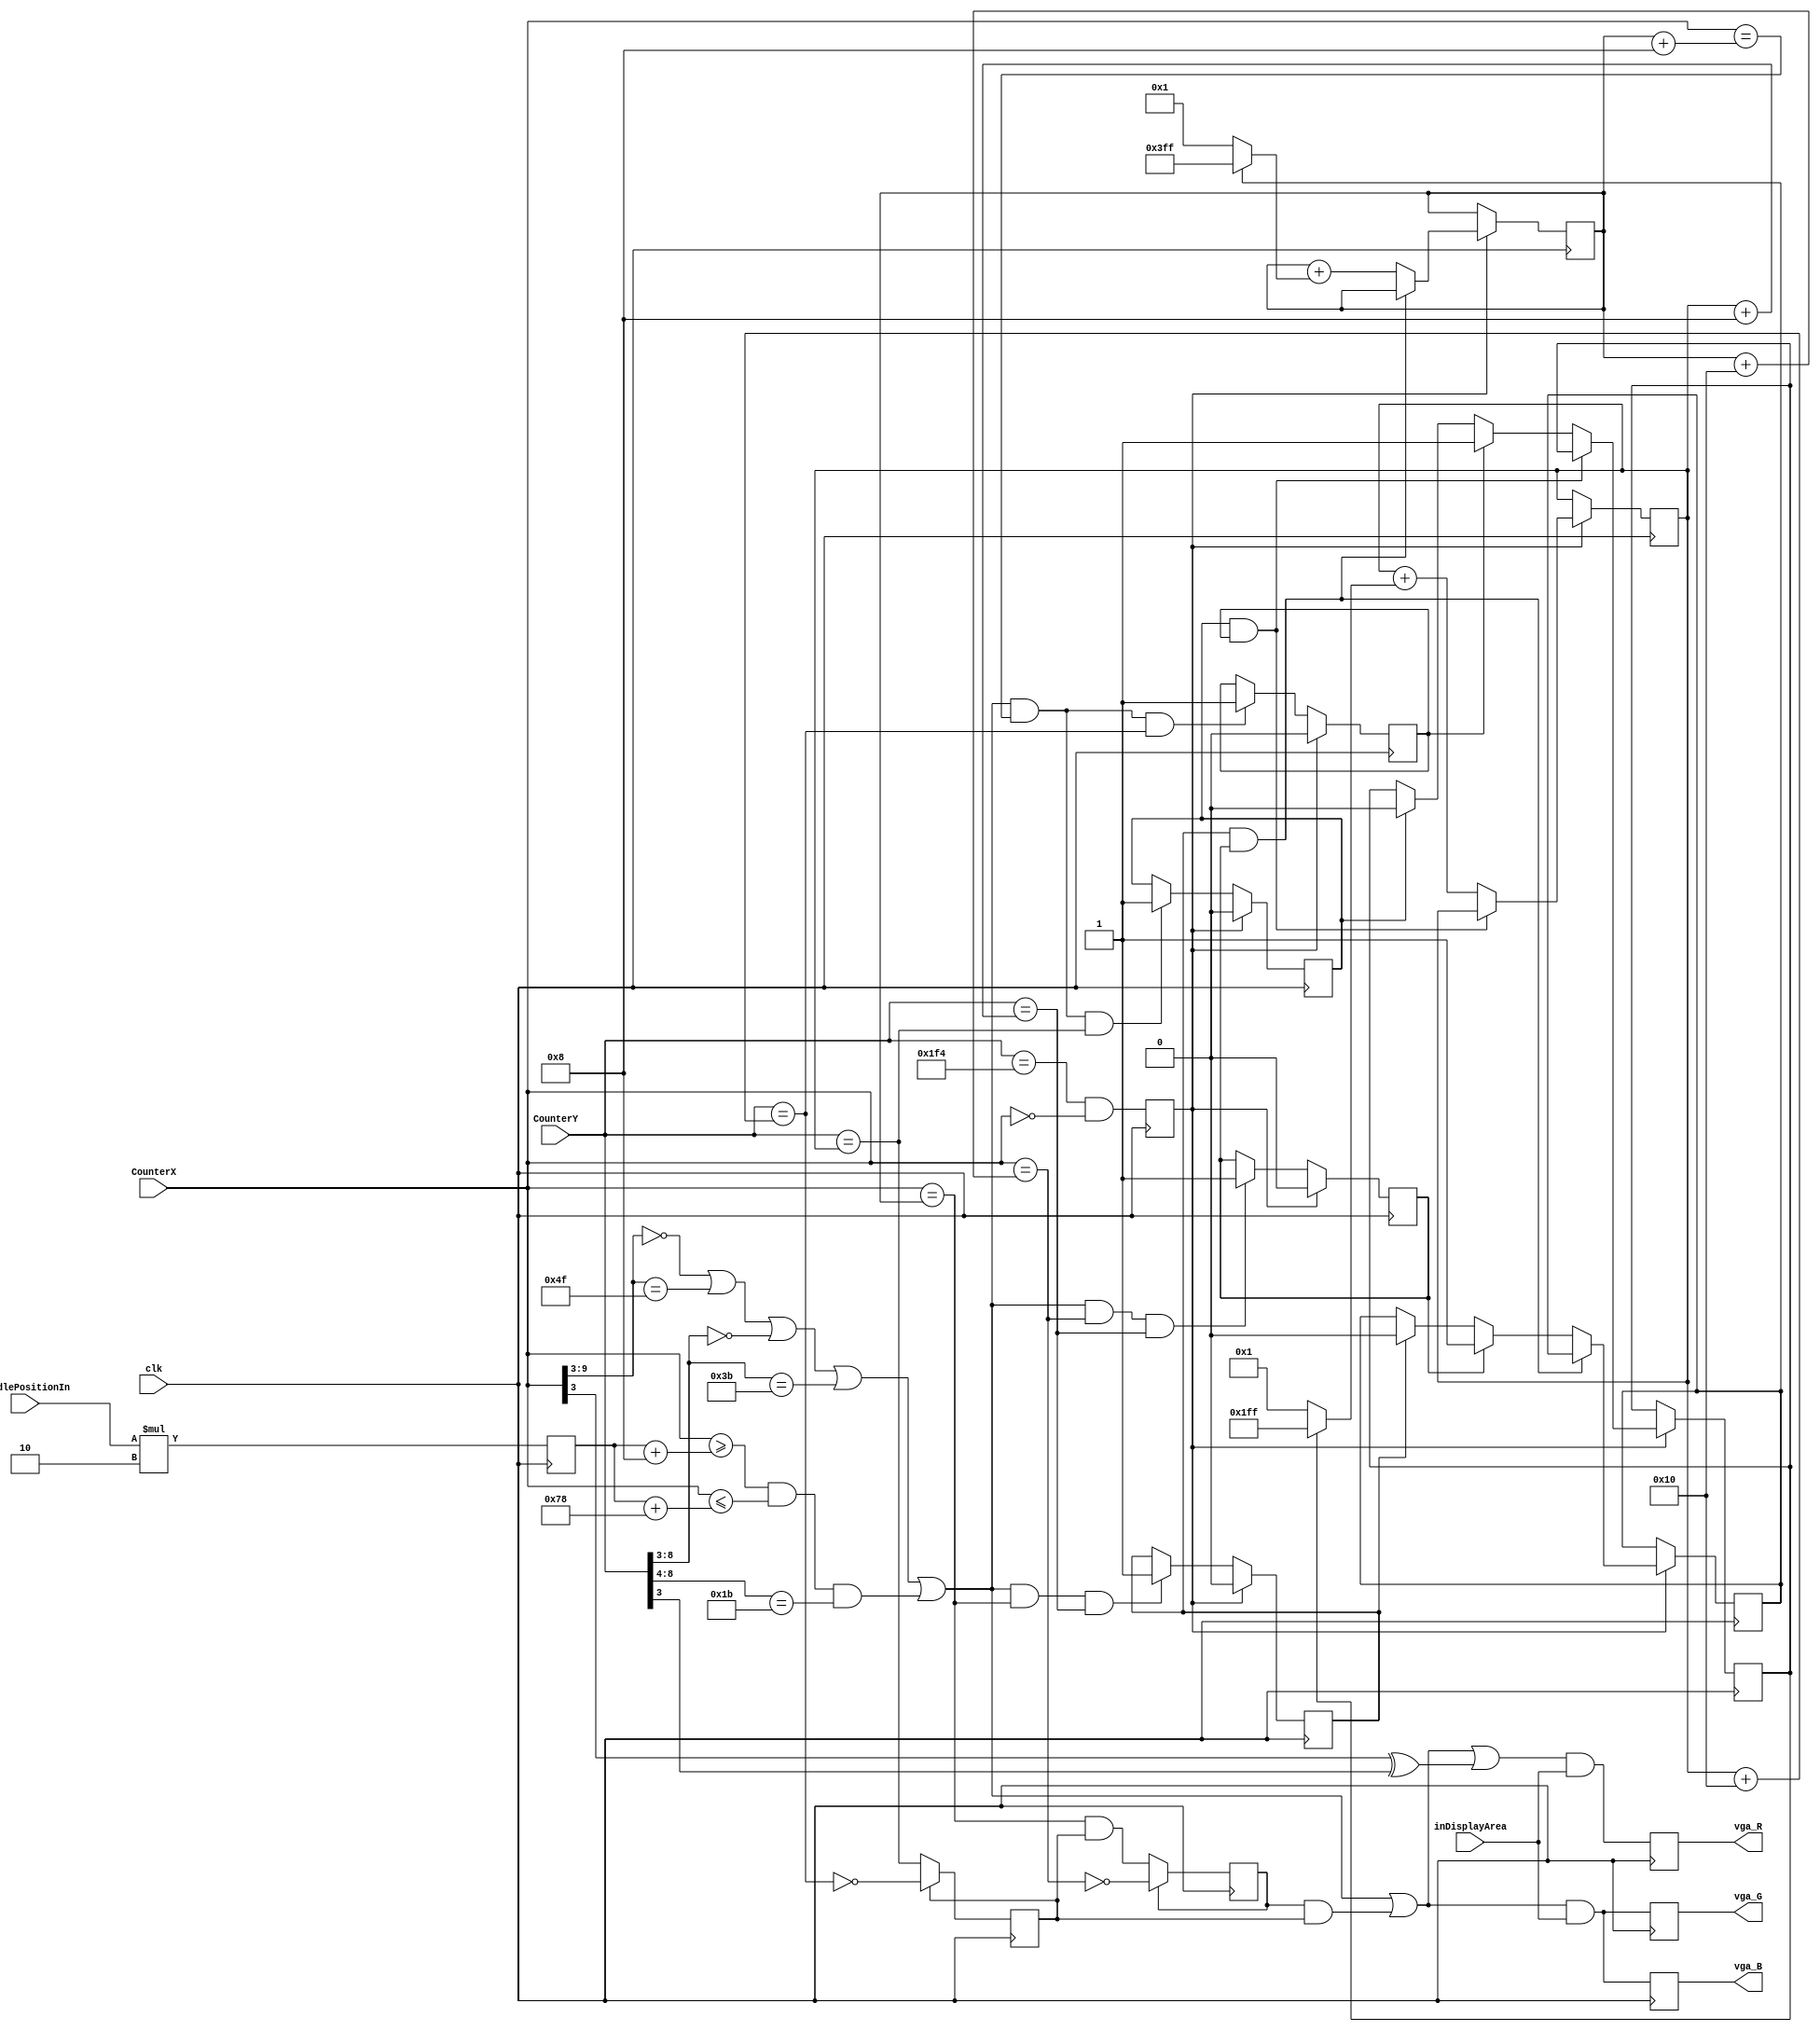
// Pong VGA game
// (c) fpga4fun.com

module pong(clk, vga_R, vga_G, vga_B, inDisplayArea, CounterX, CounterY, PaddlePositionIn);
input clk;
output vga_R, vga_G, vga_B;
//input quadA, quadB;

input inDisplayArea;
input [9:0] CounterX;
input [8:0] CounterY;

/////////////////////////////////////////////////////////////////
input [7:0] PaddlePositionIn;

reg [8:0] PaddlePosition;

always @(posedge clk)
begin
	PaddlePosition <= PaddlePositionIn * 2;
end
/*
reg [2:0] quadAr, quadBr;
always @(posedge clk) quadAr <= {quadAr[1:0], quadA};
always @(posedge clk) quadBr <= {quadBr[1:0], quadB};

always @(posedge clk)
if(quadAr[2] ^ quadAr[1] ^ quadBr[2] ^ quadBr[1])
begin
	if(quadAr[2] ^ quadBr[1])
	begin
		if(~&PaddlePosition)        // make sure the value doesn't overflow
			PaddlePosition <= PaddlePosition + 1;
	end
	else
	begin
		if(|PaddlePosition)        // make sure the value doesn't underflow
			PaddlePosition <= PaddlePosition - 1;
	end
end
*/
/////////////////////////////////////////////////////////////////
reg [9:0] ballX;
reg [8:0] ballY;
reg ball_inX, ball_inY;

always @(posedge clk)
if(ball_inX==0) ball_inX <= (CounterX==ballX) & ball_inY; else ball_inX <= !(CounterX==ballX+16);

always @(posedge clk)
if(ball_inY==0) ball_inY <= (CounterY==ballY); else ball_inY <= !(CounterY==ballY+16);

wire ball = ball_inX & ball_inY;

/////////////////////////////////////////////////////////////////
wire border = (CounterX[9:3]==0) || (CounterX[9:3]==79) || (CounterY[8:3]==0) || (CounterY[8:3]==59);
wire paddle = (CounterX>=PaddlePosition+8) && (CounterX<=PaddlePosition+120) && (CounterY[8:4]==27);
wire BouncingObject = border | paddle; // active if the border or paddle is redrawing itself

reg ResetCollision;
always @(posedge clk) ResetCollision <= (CounterY==500) & (CounterX==0);  // active only once for every video frame

reg CollisionX1, CollisionX2, CollisionY1, CollisionY2;
always @(posedge clk) if(ResetCollision) CollisionX1<=0; else if(BouncingObject & (CounterX==ballX   ) & (CounterY==ballY+ 8)) CollisionX1<=1;
always @(posedge clk) if(ResetCollision) CollisionX2<=0; else if(BouncingObject & (CounterX==ballX+16) & (CounterY==ballY+ 8)) CollisionX2<=1;
always @(posedge clk) if(ResetCollision) CollisionY1<=0; else if(BouncingObject & (CounterX==ballX+ 8) & (CounterY==ballY   )) CollisionY1<=1;
always @(posedge clk) if(ResetCollision) CollisionY2<=0; else if(BouncingObject & (CounterX==ballX+ 8) & (CounterY==ballY+16)) CollisionY2<=1;

/////////////////////////////////////////////////////////////////
wire UpdateBallPosition = ResetCollision;  // update the ball position at the same time that we reset the collision detectors

reg ball_dirX, ball_dirY;
always @(posedge clk)
if(UpdateBallPosition)
begin
	if(~(CollisionX1 & CollisionX2))        // if collision on both X-sides, don't move in the X direction
	begin
		ballX <= ballX + (ball_dirX ? -1 : 1);
		if(CollisionX2) ball_dirX <= 1; else if(CollisionX1) ball_dirX <= 0;
	end

	if(~(CollisionY1 & CollisionY2))        // if collision on both Y-sides, don't move in the Y direction
	begin
		ballY <= ballY + (ball_dirY ? -1 : 1);
		if(CollisionY2) ball_dirY <= 1; else if(CollisionY1) ball_dirY <= 0;
	end
end 

/////////////////////////////////////////////////////////////////
wire R = BouncingObject | ball | (CounterX[3] ^ CounterY[3]);
wire G = BouncingObject | ball;
wire B = BouncingObject | ball;

reg vga_R, vga_G, vga_B;
always @(posedge clk)
begin
	vga_R <= R & inDisplayArea;
	vga_G <= G & inDisplayArea;
	vga_B <= B & inDisplayArea;
end

endmodule